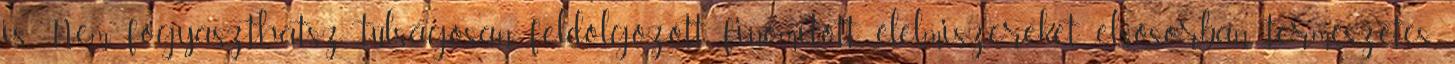
is. Nem fogyaszthatsz túlságosan feldolgozott, finomított élelmiszereket, elsősorban természetes,